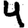
Digit: 4